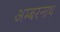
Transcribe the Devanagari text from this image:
अम्‍बरनाथ